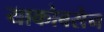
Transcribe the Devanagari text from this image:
याकोबसेन